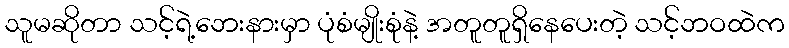
သူမဆိုတာ သင့်ရဲ့ဘေးနားမှာ ပုံစံမျိုးစုံနဲ့ အတူတူရှိနေပေးတဲ့ သင့်ဘဝထဲက